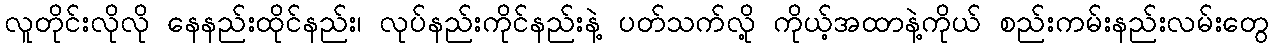
လူတိုင်းလိုလို နေနည်းထိုင်နည်း၊ လုပ်နည်းကိုင်နည်းနဲ့ ပတ်သက်လို့ ကိုယ့်အထာနဲ့ကိုယ် စည်းကမ်းနည်းလမ်းတွေ